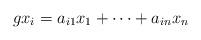
LaTeX: \begin{align*}gx_i=a_{i1}x_1+\cdots +a_{in}x_n\end{align*}